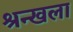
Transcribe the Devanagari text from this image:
श्रन्खला